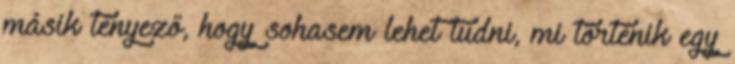
másik tényező, hogy sohasem lehet tudni, mi történik egy